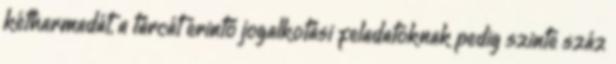
kétharmadát, a tárcát érintő jogalkotási feladatoknak pedig szinte száz